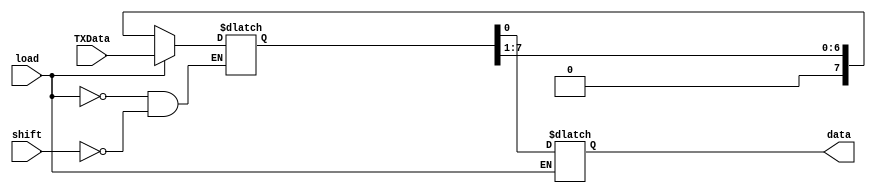
//parallel in shift out

module piso(TXData,shift,load,data);

	input [7:0] TXData;
	input shift,load;
	output reg data;
	
	reg [7:0] tmp;

	always @(shift or load or TXData) 
	//always @(baud)
	begin
		if (load)
		begin
			tmp <= TXData;
		end
		else if (shift)
		begin
			data <= tmp[0];
			tmp <= tmp >> 1;
		end
		else
		begin
			data <= tmp[0];
		end
	end

endmodule